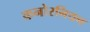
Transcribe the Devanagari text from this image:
क्रनोरनियन